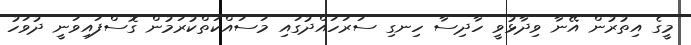
މީގެ އިތުރުން އޭނާ ވިދާޅުވީ ހާދިސާ ހިނގި ސަރަހައްދުގައި މަސައްކަތްކުރަމުން ގޮސްފައިވަނީ ދުވަހު